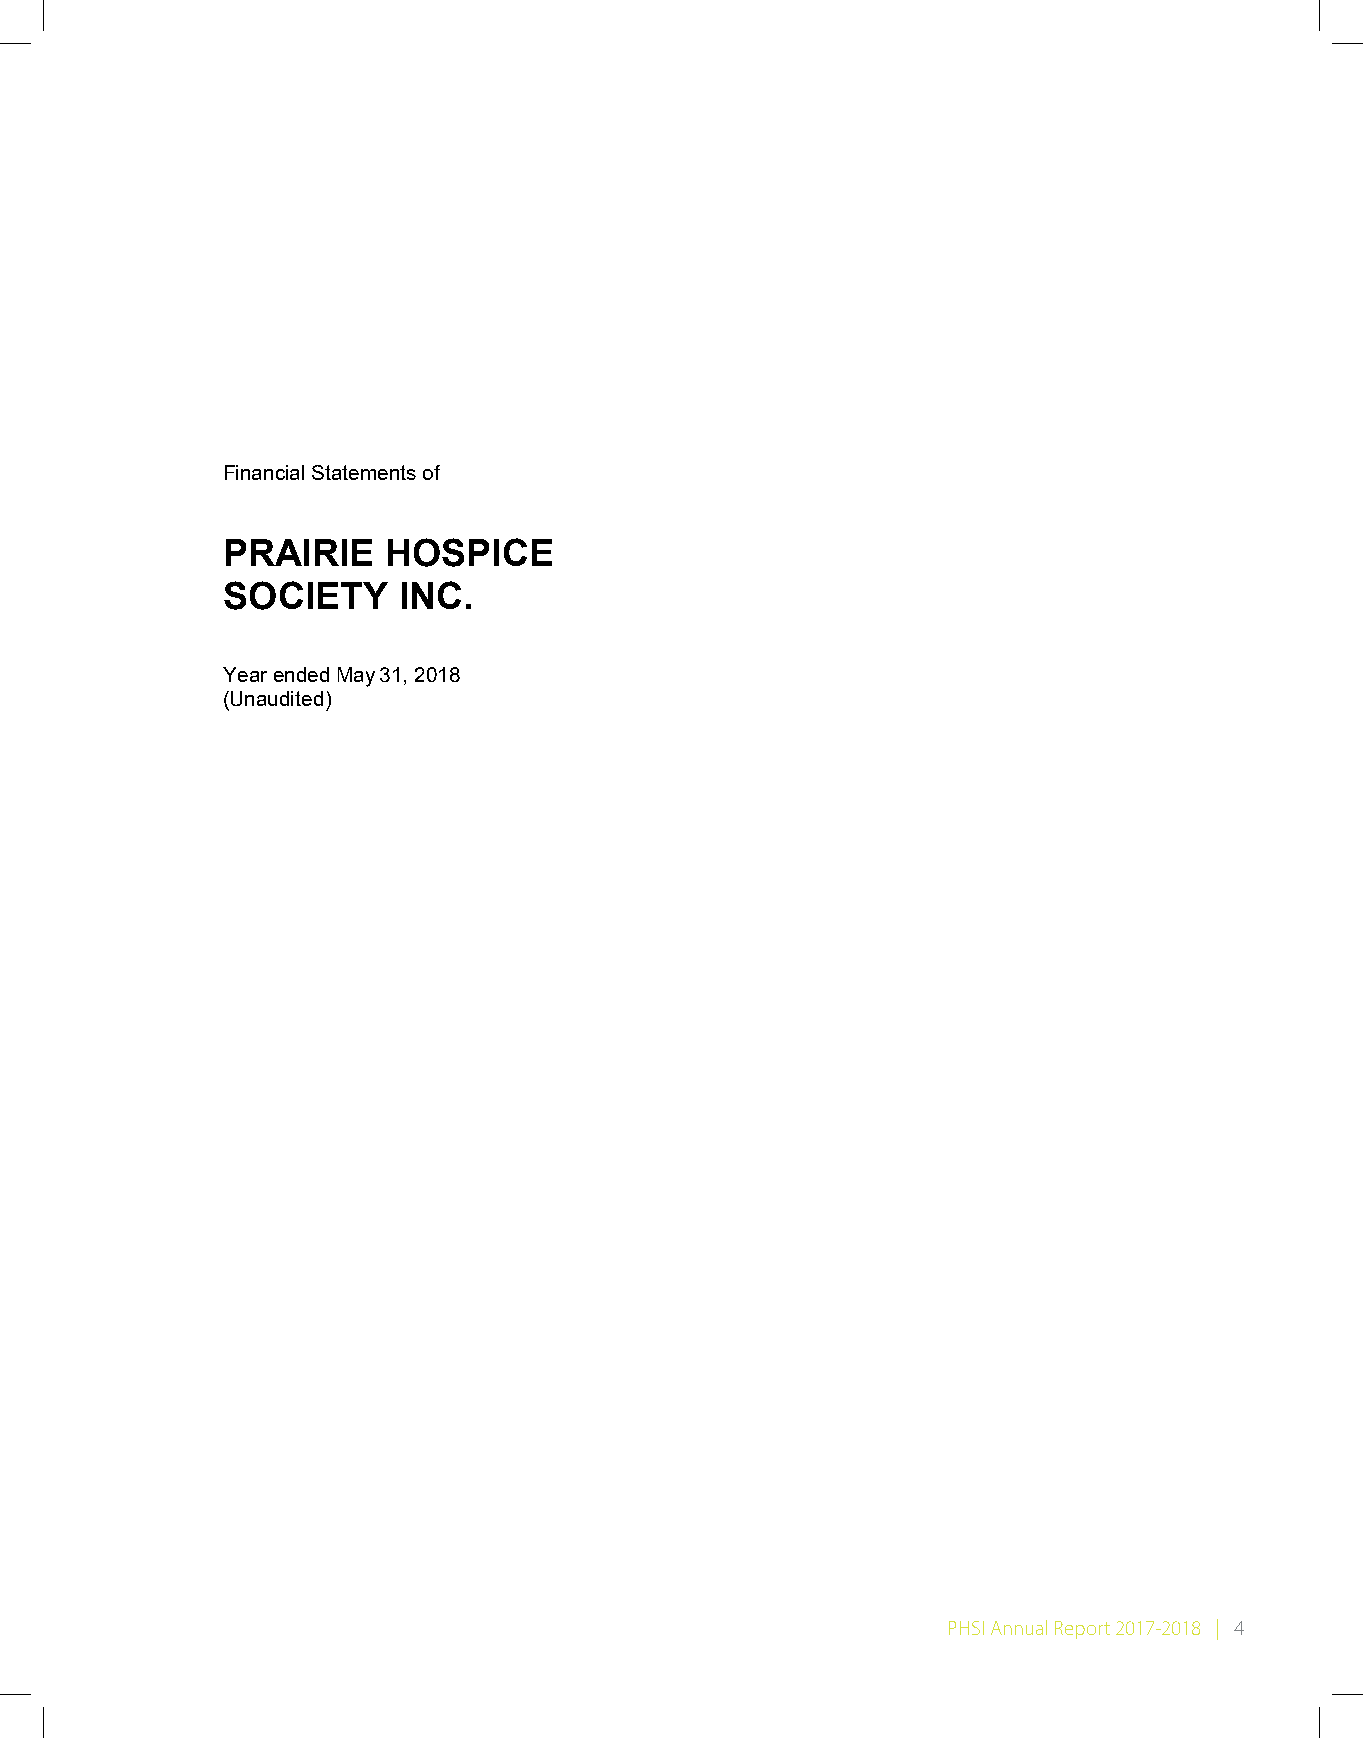
board of directors and staff listing
 Financial Statements of
 PRAIRIE   HOSPICE
 SOCIETY    INC.
 Year ended May 31, 2018
 (Unaudited)
 PHSI Annual Report 2017-2018 | 4